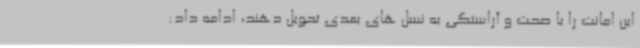
این امانت را با صحت و آراستگی به نسل های بعدی تحویل دهند، ادامه داد: